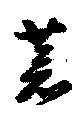
蒼